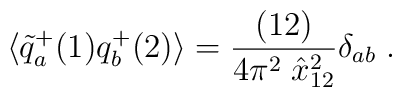
\langle \tilde q^+_a(1)q^+_b(2)\rangle ={(12)\over4\pi^2\; \hat x^{2}_{12}}\delta_{ab}\;.